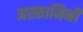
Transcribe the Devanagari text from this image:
अस्कामिनी